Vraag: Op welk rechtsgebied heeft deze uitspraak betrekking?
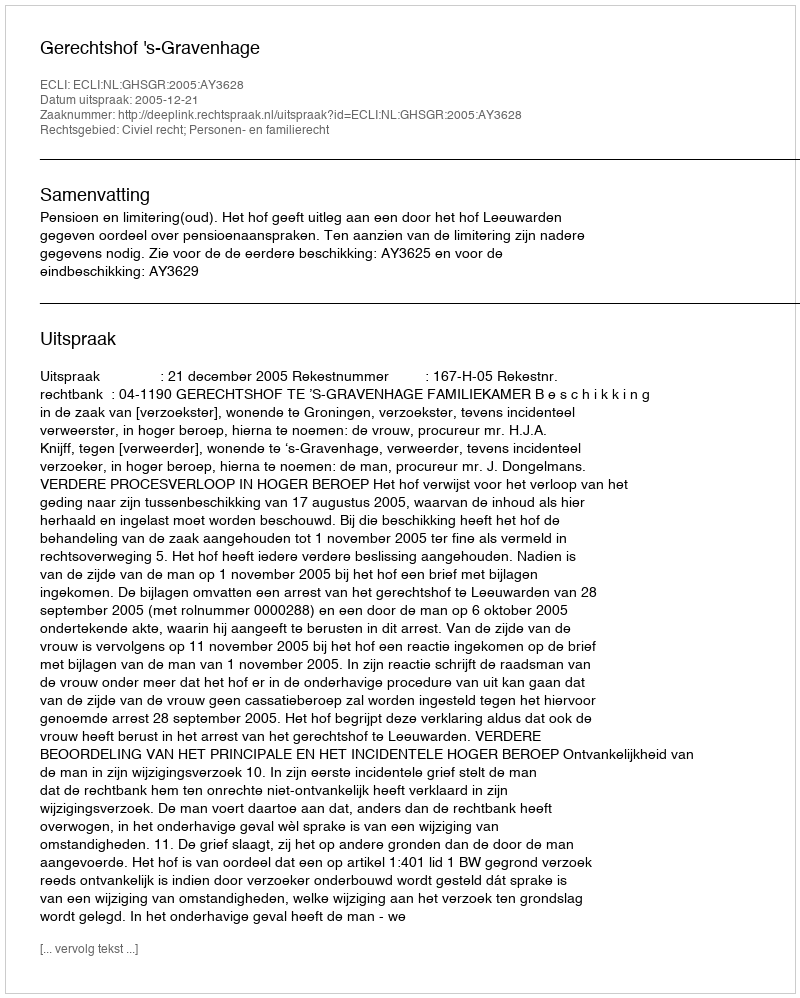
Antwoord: Civiel recht; Personen- en familierecht